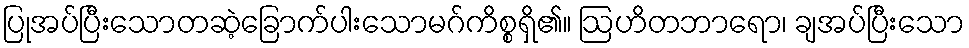
ပြုအပ်ပြီးသောတဆဲ့ခြောက်ပါးသောမဂ်ကိစ္စရှိ၏။ ဩဟိတဘာရော၊ ချအပ်ပြီးသော